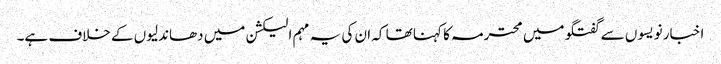
اخبار نویسوں سے گفتگو میں محترمہ کا کہنا تھا کہ ان کی یہ مہم الیکشن میں دھاندلیوں کے خلاف ہے۔